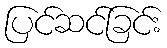
ပြင်ဆင်ခြင်း